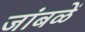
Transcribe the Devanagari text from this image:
जांबळें